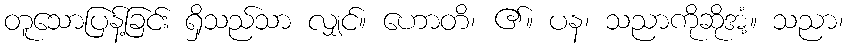
တူသောပြန့်ခြင်း ရှိသည်သာ လျှင်။ ဟောတိ၊ ၏။ ပန၊ သညာကိုဆိုအံ့။ သညာ၊